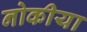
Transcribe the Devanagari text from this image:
नोकीया